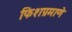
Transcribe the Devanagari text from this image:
फिशप्रमाणे